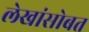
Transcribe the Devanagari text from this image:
लेखांसोबत